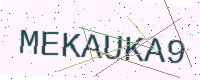
Text: MEKAUKA9